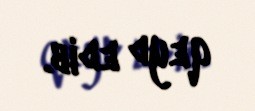
qeyd edib.